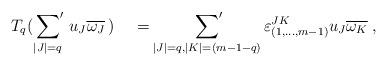
LaTeX: \begin{align*}T_q(\sideset{}{'}\sum_{\vert J\vert=q}\,u_J\overline{\omega_J}\,) \;\;\;\;=\sideset{}{'}\sum_{|J|=q, |K|=(m-1-q)} \varepsilon_{(1,\dots, m-1)}^{JK} u_J\overline{\omega_K}\; ,\end{align*}